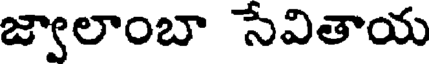
జ్వాలాంబా సేవితాయ